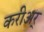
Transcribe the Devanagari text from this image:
करीअर्